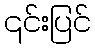
၎င်းပြင်